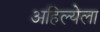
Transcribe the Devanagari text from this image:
अहिल्येला